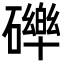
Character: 𮁏